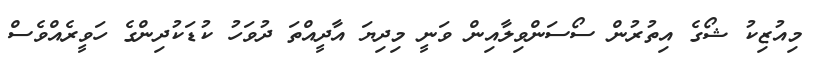
މިއުޒިކު ޝޯގެ އިތުރުން ސޯސަންވިލާއިން ވަނީ މިދިޔަ އާދީއްތަ ދުވަހު ކުޑަކުދިންގެ ހަވީރެއްވެސް